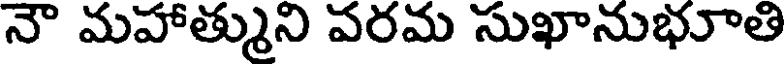
నౌ మహాత్ముని వరమ సుఖానుభూతి